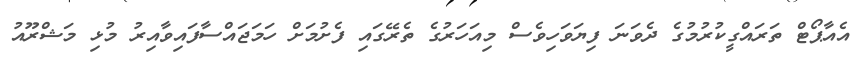
އެއާޕޯޓް ތަރައްގީކުރުމުގެ ދެވަނަ ފިޔަވަހިވެސް މިއަހަރުގެ ތެރޭގައި ފެށުމަށް ހަމަޖައްސާފައިވާއިރު މުޅި މަޝްރޫއު